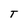
Character: T